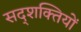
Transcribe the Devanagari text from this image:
सद्शक्तियों